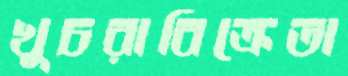
খুচরাবিক্রেতা